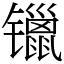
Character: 镴